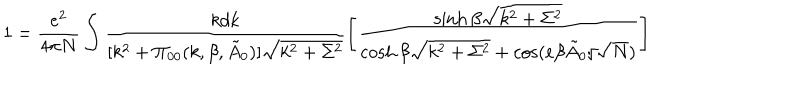
LaTeX: 1 = \frac { e ^ { 2 } } { 4 \pi N } \int \frac { k d k } { [ k ^ { 2 } + \Pi _ { 0 0 } ( k , \beta , \tilde { A } _ { 0 } ) ] \sqrt { k ^ { 2 } + \Sigma ^ { 2 } } } \left[ \frac { \sinh \beta \sqrt { k ^ { 2 } + \Sigma ^ { 2 } } } { \cosh \beta \sqrt { k ^ { 2 } + \Sigma ^ { 2 } } + \cos ( e \beta \tilde { A } _ { 0 } / \sqrt { N } ) } \right]